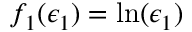
f _ { 1 } ( \epsilon _ { 1 } ) = \ln ( \epsilon _ { 1 } )